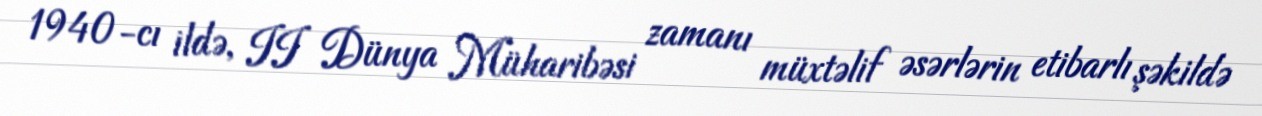
1940-cı ildə, II Dünya Müharibəsi zamanı müxtəlif əsərlərin etibarlı şəkildə